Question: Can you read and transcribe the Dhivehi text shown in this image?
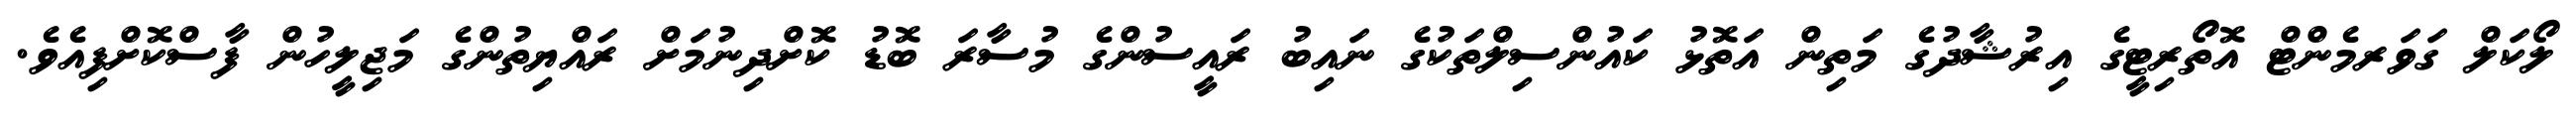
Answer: ލޯކަލް ގަވަރމެންޓް އޮތޯރިޓީގެ އިރުޝާދުގެ މަތިން އަތޮޅު ކައުންސިލްތަކުގެ ނައިބު ރައީސުންގެ މުސާރަ ބޮޑު ކޮށްދިނުމަށް ރައްޔިތުންގެ މަޖިލީހުން ފާސްކޮށްފިއެވެ.